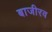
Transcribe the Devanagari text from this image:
बाजीरव